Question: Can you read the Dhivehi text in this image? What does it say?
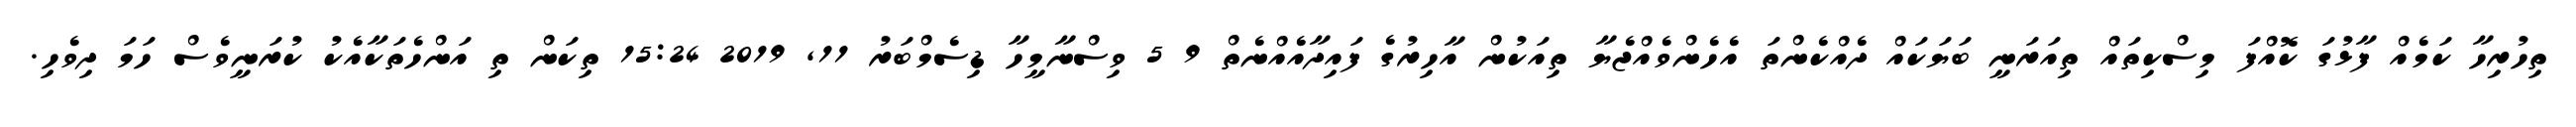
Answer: ތިހުރިހާ ކަމެއް ފާޅުގަ ކޮއްފަ މިސްކިތައް ތިއަރަނީ ބަޔަކައް ދެއްކެންތަ އެހެންވެއްޖެޔާ ތިއަކުން އާހިރުގެ ފައިދާއެއްނެތް 9 5 ވިސްނާމީހާ ޑިސެމްބަރު 11, 2019 15:24 ތިކަން ތި އަންހެތަކާއެކު ކުރަނީވެސް ހަމަ ދިވެހި.